Vaccination in Bombay 1902-1912 - 1902-1912
Year: 1902
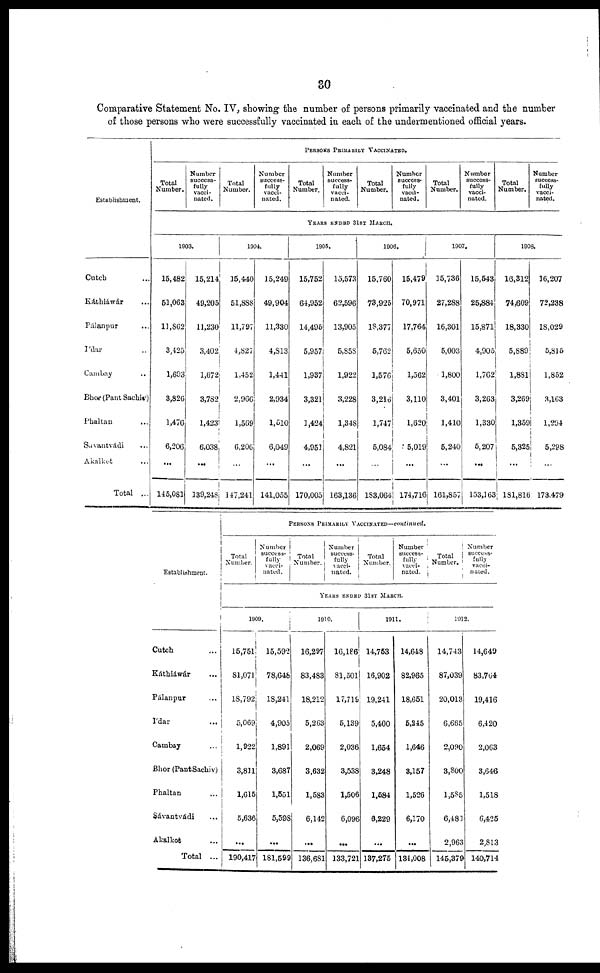
30
Comparative Statement No. IV, showing the number of persons primarily vaccinated and the number
of those persons who were successfully vaccinated in each of the undermentioned official years.
Establishment.
Cutch ...
Káthiáwár ...
Pálanpur ...
Ídar ...
Cambay ...
Bhor (Pant Sachiv)
Phaltan ...
Savantvádi ...
Akalkot ...
Total ...
PERSONS PRIMARILY VACCINATED.
Total
Number.
Number
success-
fully
vacci-
nated.
Total
Number.
Number
success-
fully
vacci-
nated.
Total
Number.
Number
success-
fully
vacci-
nated.
Total
Number.
Number
success-
fully
vacci-
nated.
Total
Number.
Number
success-
fully
vacci-
nated.
Total
Number.
Number
success-
fully
vacci-
nated.
YEARS ENDND 31ST MARCH.
1903.
15,482
51,063
11,862
3,425
1,693
3,826
1,476
6,206
...
145,081
15,214
49,205
11,230
3,402
1,672
3,782
1,423
6,038
...
139,248
1904.
15,440
51,888
11,797
4,827
1,452
2,966
1,569
6,206
...
147,241
15,249
49,904
11,330
4,813
1,441
2,934
1,510
6,049
...
141,055
1905.
15,752
64,952
14,495
5,957
1,937
3,321
3,424
4,951
...
170,005
15,573
62,596
13,905
5,858
1,922
3,228
1,348
4,821
...
163,136
1906.
15,760
73,925
18,377
5,762
1,576
3,216
1,747
5,084
...
183,064
15,479
70,971
17,764
5,650
1,562
3,110
1,620
5,019
...
174,716
1907.
15,736
27,288
16,301
5,003
1,800
3,401
1,410
5,240
...
161,857
15,543
25,884
15,871
4,905
1,762
3,263
1,330
5,207
...
153,163
1908.
16,312
74,609
18,330
5,889
1,881
3,269
1,359
5,325
...
181,816
16,207
72,238
18,029
5,815
1,852
3,163
1,294
5,298
173,479
Establishment.
Cutch ...
Káthiáwár ...
Pálanpur ...
Ídar ...
Cambay ...
Bhor (Pant Sachiv)
Phaltan ...
Sávantvádi ...
Akalkot ...
Total ...
PERSONS PRIMARILY VACCINATED—continued.
Total
Number.
Number
success-
fully
vacci-
nated.
Total
Number.
Number
success-
fully
vacci-
nated.
Total
Number.
Number
success-
fully
vacci-
nated.
Total
Number.
Number
success-
fully
vacci-
nated.
YEARS ENDED 31ST MARCH.
1909.
15,751
81,071
18,792
5,069
1,922
3,811
1,615
5,636
...
190,417
15,592
78,648
18,241
4,905
1,891
3,687
1,551
5,598
...
181,599
1910.
16,297
83,483
18,212
5,263
2,069
3,632
1,583
6,142
...
136,681
16,186
81,501
17,719
5,139
2,036
3,538
1,506
6,096
...
133,721
1911.
14,753
16,902
19,241
5,400
1,654
3,248
1,584
6,229
...
137,275
14,648
82,965
18,651
5,245
1,646
3,157
1,526
6,170
...
134,008
1912.
14,743
87,039
20,013
6,665
2,090
3,800
1,585
6,481
2,963
145,379
14,649
83,764
19,416
6,420
2,063
3,646
1,518
6,425
2,813
140,714